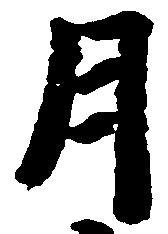
月